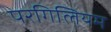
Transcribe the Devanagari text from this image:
परगिलियम